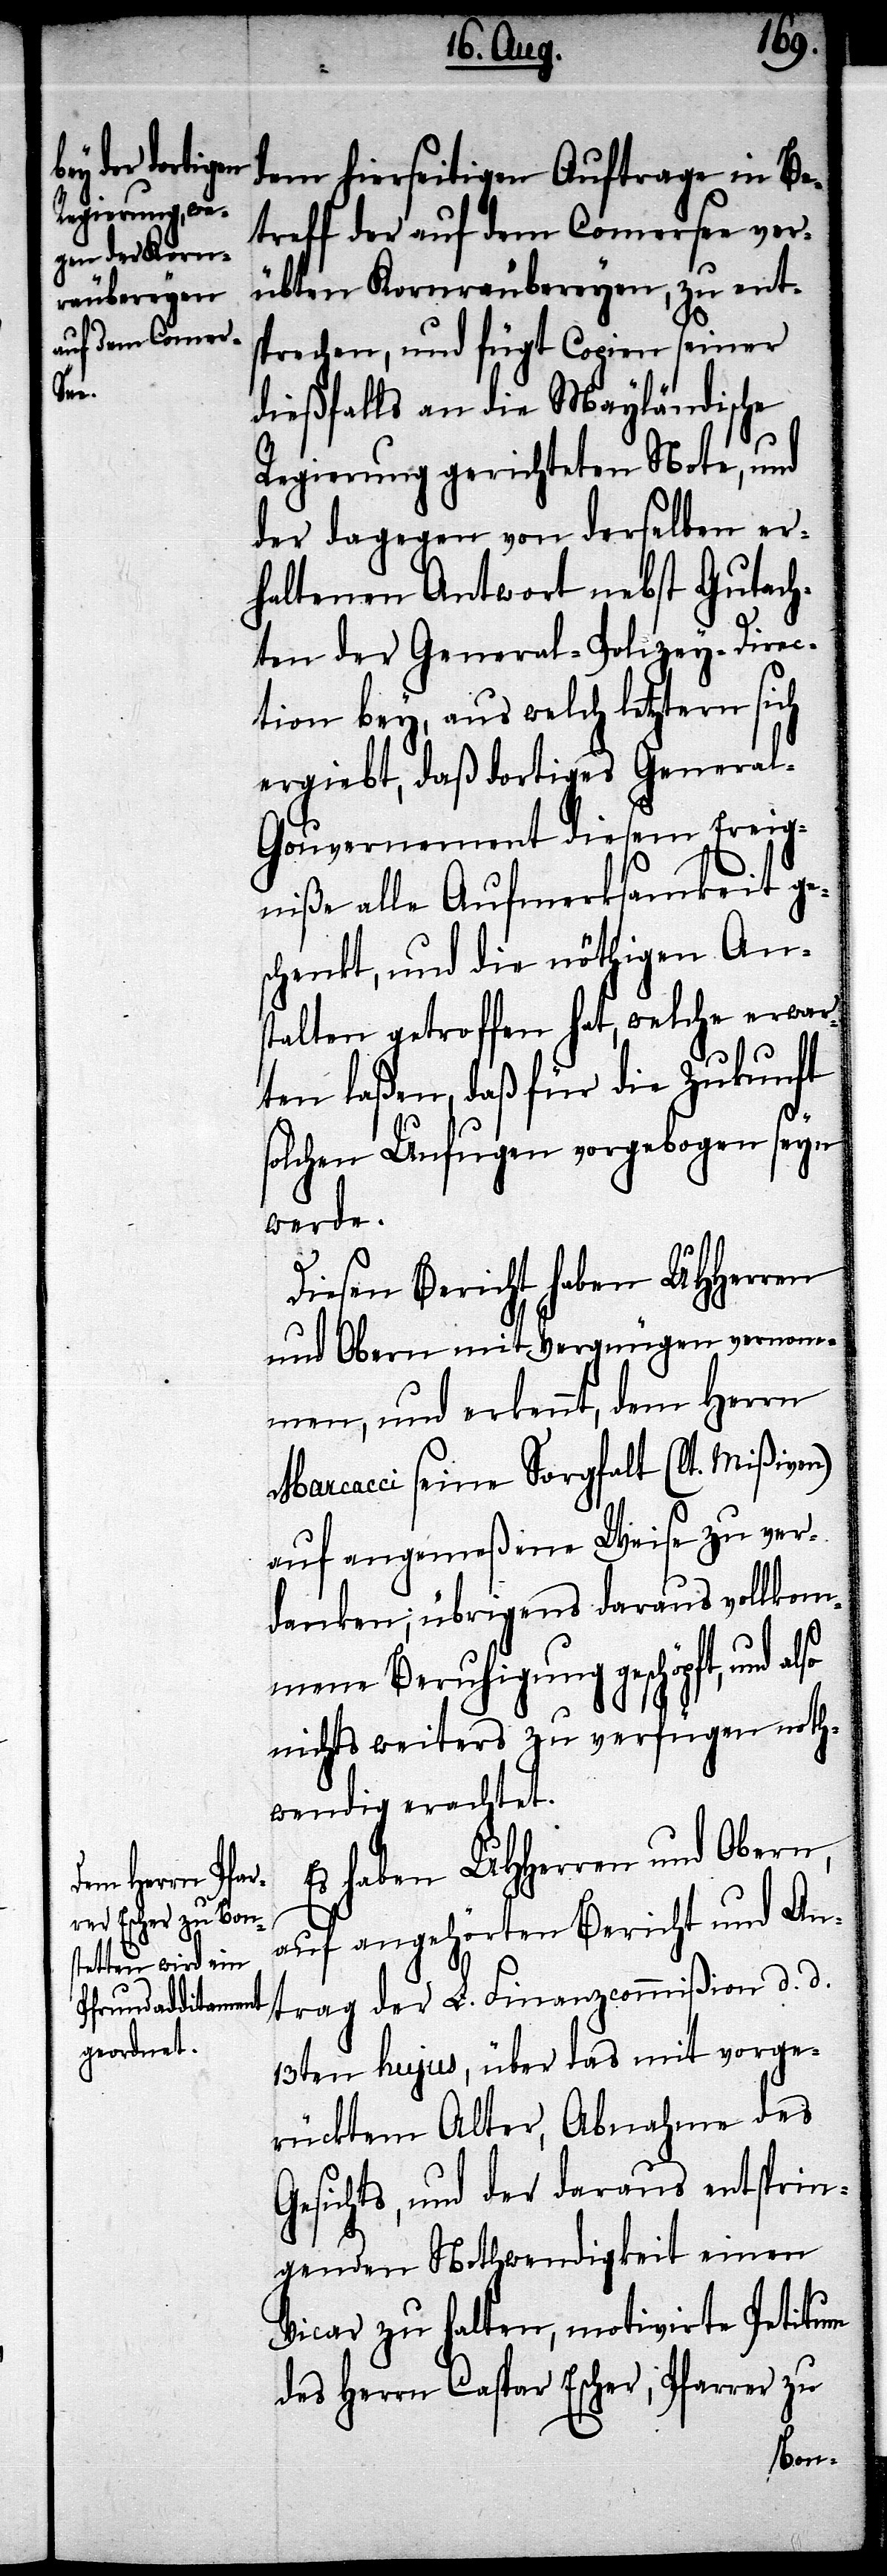
dem hierseitigen Auftrage in Be¬
treff der auf dem Comersee ver¬
übten Kornräubereyen, zu ent¬
sprechen, und fügt Copien seiner
dießfalls an die Mayländische
Regierung gerichteten Note, und
der dagegen von derselben er¬
haltenen Antwort nebst Gutach¬
ten der General-Polizey-Direc¬
tion bey, aus welch letztern sich
ergiebt, daß dortiges Genera¬
l-Gouvernement diesem Ereig¬
niße alle Aufmerksamkeit ge¬
schenkt, und die nöthigen An¬
stalten getroffen hat, welche erwar¬
ten laßen, daß für die Zukunft
solchen Unfugen vorgebogen seyn
werde.
Diesen Bericht haben UHHerren
und Obern mit Vergnügen vernom¬
men, und erkennt, dem Herrn
Maracci seine Sorgfalt (lt. Mißiven)
auf angemeßene Weise zu ver¬
danken; übrigens daraus vollkom¬
mene Beruhigung geschöpft, und
nichts weiters zu verfügen noth¬
wendig erachtet.
Es haben UHHerren und Obern,
auf angehörten Bericht und An¬
trag der L. Finanzcommißion d. d.
13ten hujus, über das mit vorge¬
rücktem Alter, Abnahme des
Gesichts, und der daraus entsprin¬
genden Nothwendigkeit einen
Vicar zu halten, motivirte Petitum
des Herrn Caspar Escher, Pfarrer zu